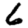
Digit: 6